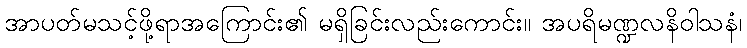
အာပတ်မသင့်ဖို့ရာအကြောင်း၏ မရှိခြင်းလည်းကောင်း။ အပရိမဏ္ဍလနိဝါသနံ၊